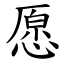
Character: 愿